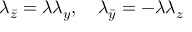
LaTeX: \lambda _ { \bar { z } } = \lambda \lambda _ { y } , \quad \lambda _ { \bar { y } } = - \lambda \lambda _ { z }